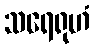
သရေရုဟံ